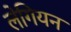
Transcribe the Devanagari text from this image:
लेगियन